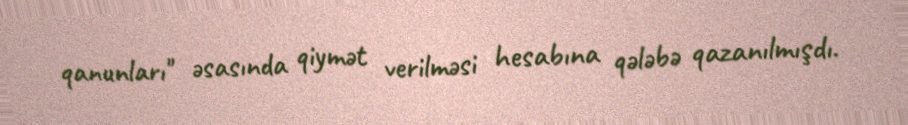
qanunları" əsasında qiymət verilməsi hesabına qələbə qazanılmışdı.